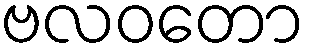
ဗလဝတော